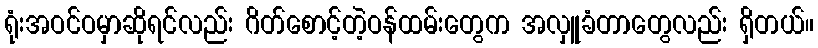
ရုံးအဝင်ဝမှာဆိုရင်လည်း ဂိတ်စောင့်တဲ့ဝန်ထမ်းတွေက အလှူခံတာတွေလည်း ရှိတယ်။